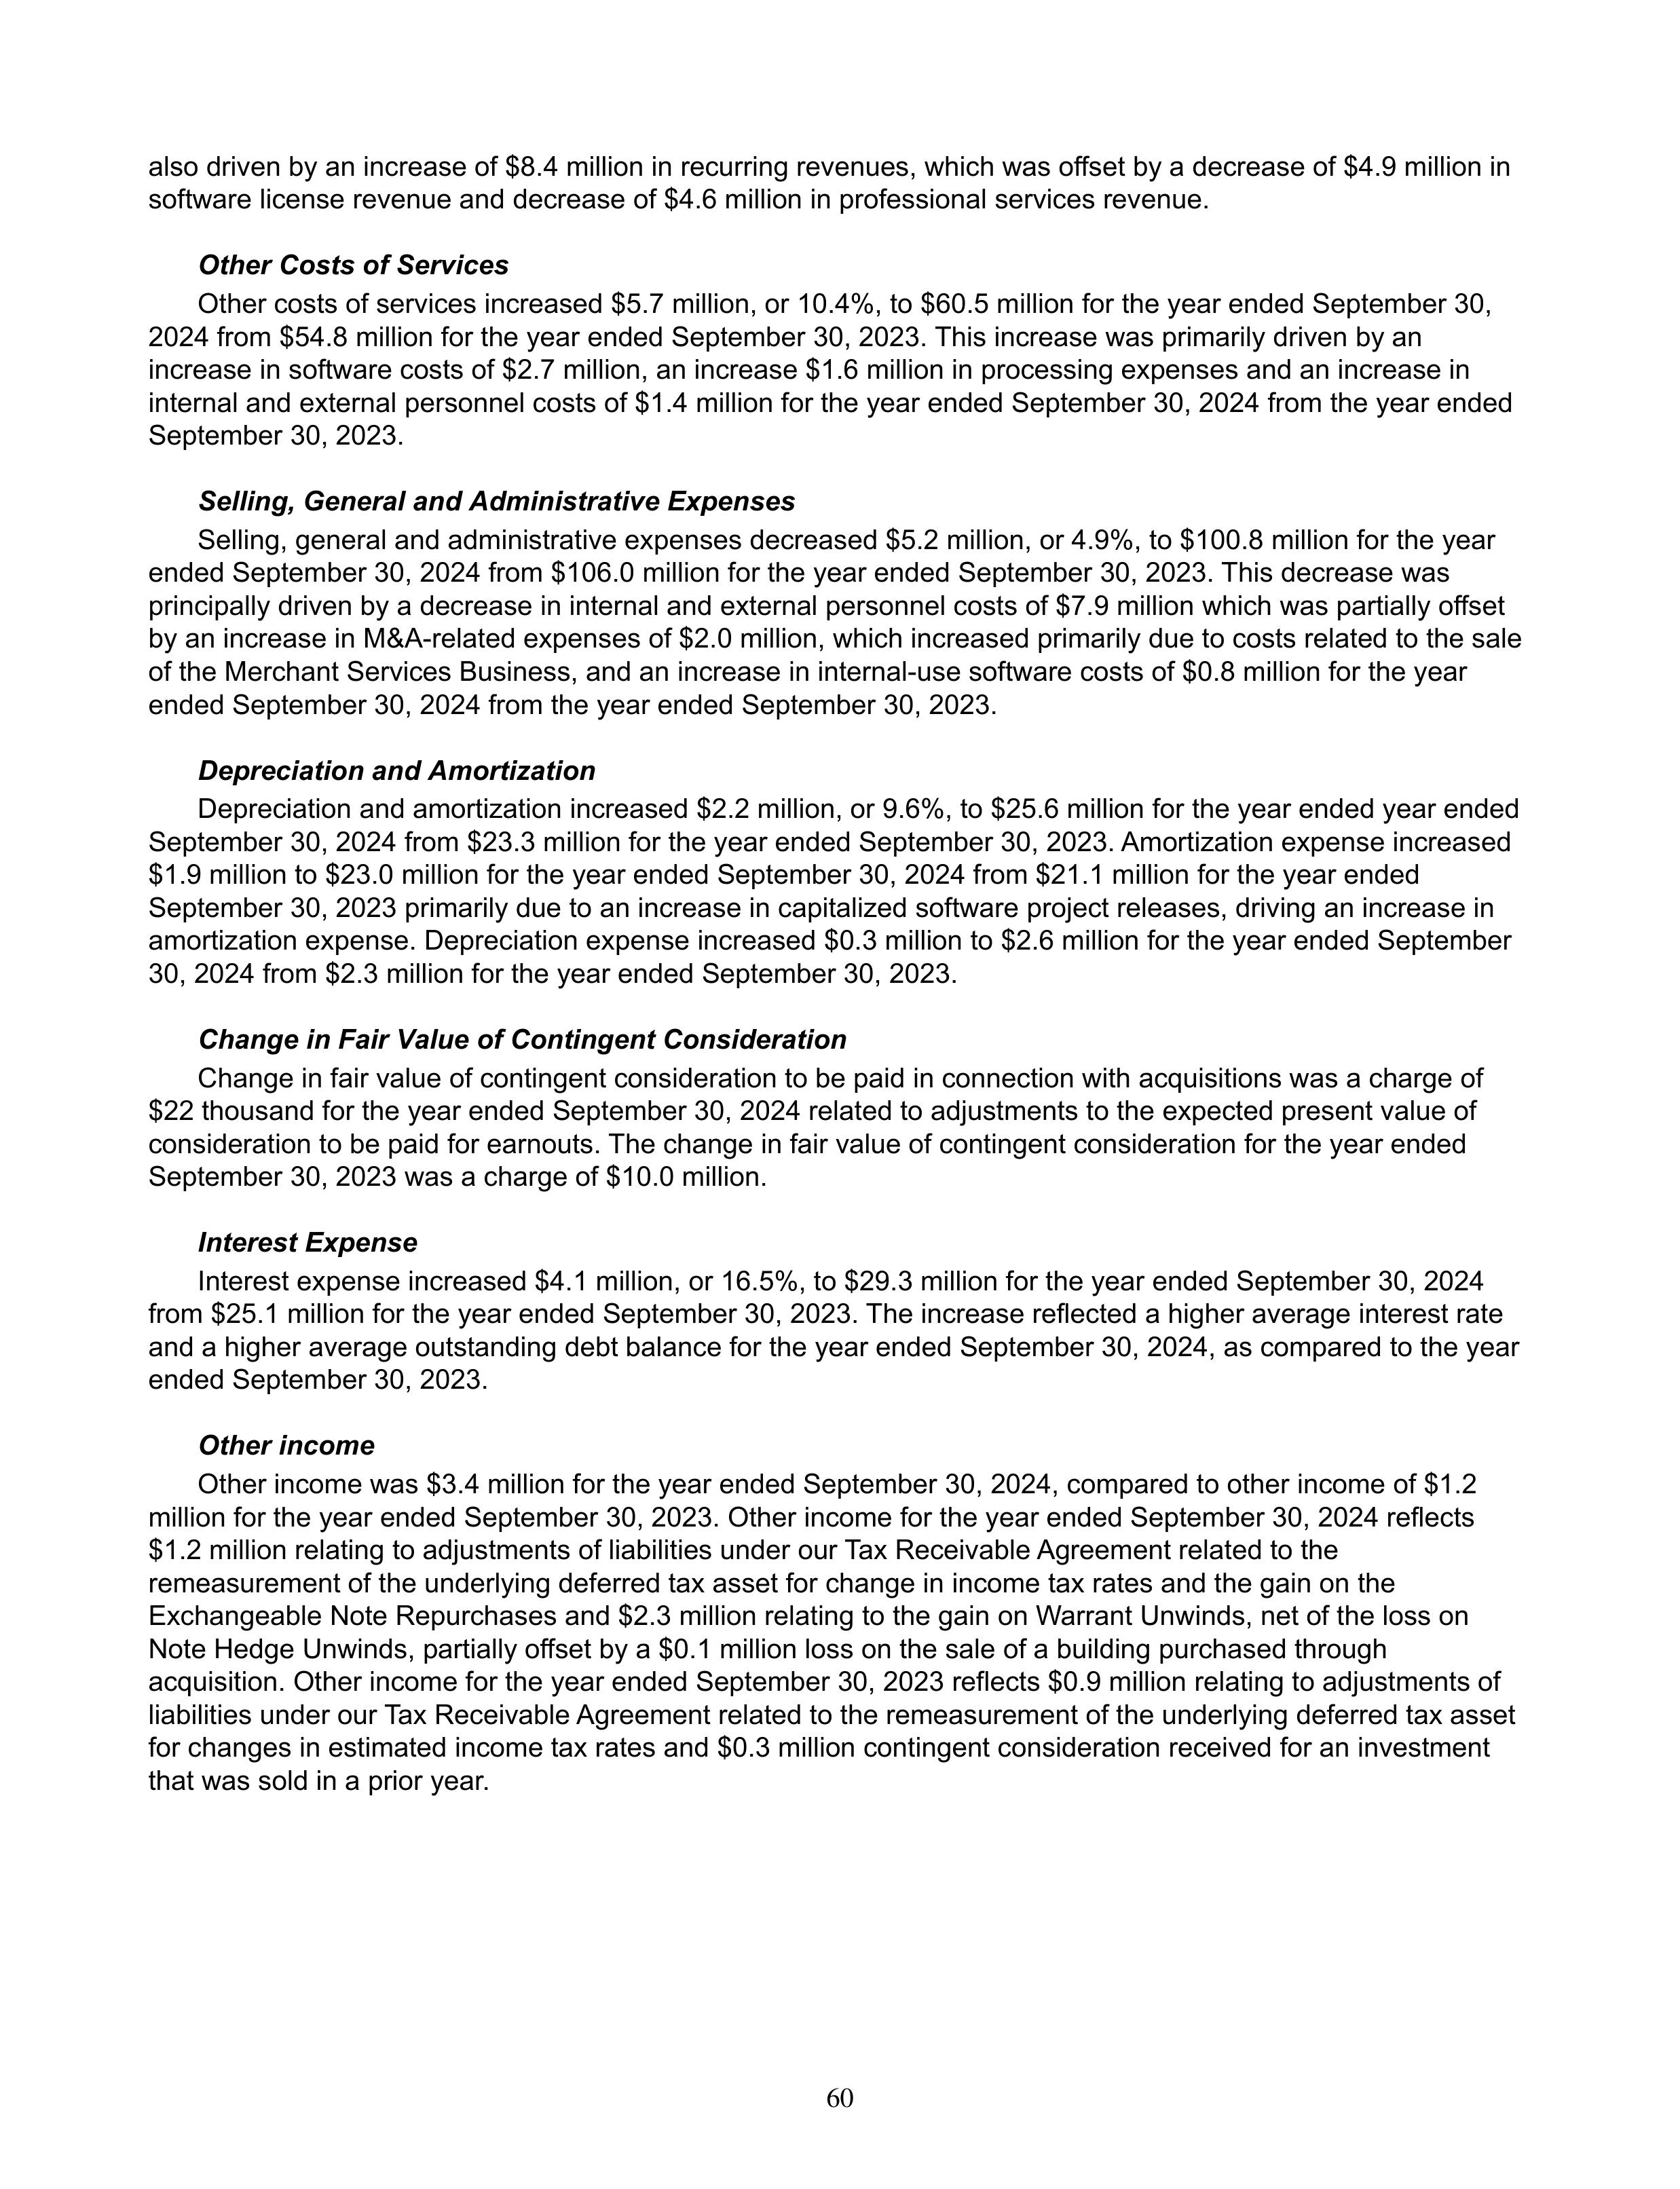
also driven by an increase of $8.4 million in recurring revenues, which was offset by a decrease of $4.9 million in
software license revenue and decrease of $4.6 million in professional services revenue.

Other Costs of Services

Other costs of services increased $5.7 million, or 10.4%, to $60.5 million for the year ended September 30,
2024 from $54.8 million for the year ended September 30, 2023. This increase was primarily driven by an
increase in software costs of $2.7 million, an increase $1.6 million in processing expenses and an increase in
internal and external personnel costs of $1.4 million for the year ended September 30, 2024 from the year ended
September 30, 2023.

Selling, General and Administrative Expenses

Selling, general and administrative expenses decreased $5.2 million, or 4.9%, to $100.8 million for the year
ended September 30, 2024 from $106.0 million for the year ended September 30, 2023. This decrease was
primarily driven by a decrease in internal and external personnel costs of $7.9 million which was partially offset
by an increase in M&A-related expenses of $2.0 million, which increased primarily due to costs related to the sale
of the Merchant Services Business, and an increase in internal-use software costs of $0.8 million for the year
ended September 30, 2024 from the year ended September 30, 2023.

Depreciation and Amortization

Depreciation and amortization increased $2.2 million, or 9.6%, to $25.6 million for the year ended
September 30, 2024 from $23.3 million for the year ended September 30, 2023. Amortization expense increased
$1.9 million to $23.0 million for the year ended September 30, 2024 from $21.1 million for the year ended
September 30, 2023 primarily due to an increase in capitalized software project releases, driving an increase in
amortization expense. Depreciation expense increased $0.3 million to $2.6 million for the year ended September
30, 2024 from $2.3 million for the year ended September 30, 2023.

Change in Fair Value of Contingent Consideration

Change in fair value of contingent consideration to be paid in connection with acquisitions was a charge of
$22 thousand for the year ended September 30, 2024 related to adjustments to the expected present value of
consideration to be paid for earnouts. The change in fair value of contingent consideration for the year ended
September 30, 2023 was a charge of $10.0 million.

Interest Expense

Interest expense increased $4.1 million, or 16.5%, to $29.3 million for the year ended September 30, 2024
from $25.1 million for the year ended September 30, 2023. The increase reflected a higher average interest rate
and a higher average outstanding debt balance for the year ended September 30, 2024, as compared to the year
ended September 30, 2023.

Other income

Other income was $3.4 million for the year ended September 30, 2024, compared to other income of $1.2
million for the year ended September 30, 2023. Other income for the year ended September 30, 2024 reflects
$1.2 million relating to adjustments of liabilities under our Tax Receivable Agreement related to the
remeasurement of the underlying deferred tax asset for change in income tax rates and the gain on the
Exchangeable Note Repurchases and $2.3 million relating to the gain on Warrant Unwinds, net of the loss on
Note Hedge Unwinds, partially offset by a $0.1 million loss on the sale of a building purchased through
acquisition. Other income for the year ended September 30, 2023 reflects $0.9 million relating to adjustments of
liabilities under our Tax Receivable Agreement related to the remeasurement of the underlying deferred tax asset
for changes in estimated income tax rates and $0.3 million contingent consideration received for an investment
that was sold in a prior year.

60